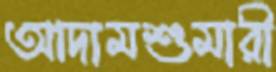
আদামশুমারী